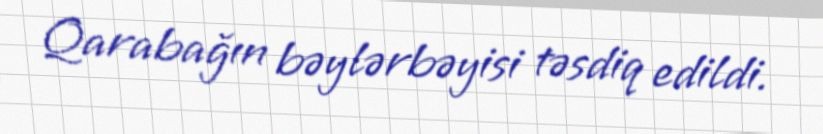
Qarabağın bəylərbəyisi təsdiq edildi.